Leaving Certificate Examination, 1912. Written examination, 1912
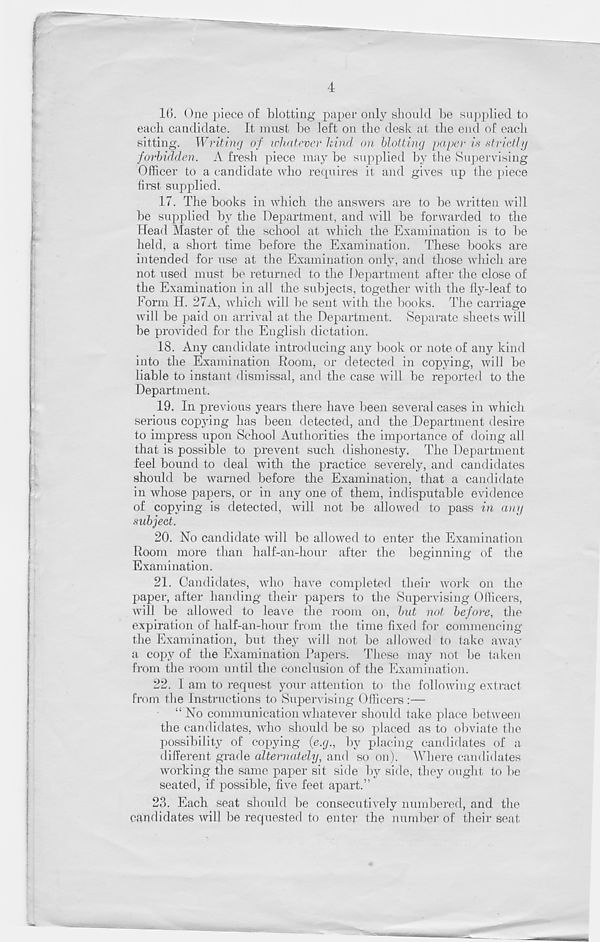
4
l(i. One piece of blotting paper only should be supplied to
each candidate. It must be left on the desk at the end of each
sitting. Writing of whatever kind on blotting paper is striethj
forbidden. A fresh piece may be supplied by the Supervising
Officer to a candidate who requires it and gives up the piece
first supplied.
17. The books in which the answers are to be written will
be supplied by the Department, and will be forwarded to the
Head Master of the school at which the Examination is to be
held, a short time before the Examination. These books are
intended for use at the Examination only, and those which are
not used must be returned to the Department after the close of
the Examination in all the subjects, together with the fly-leaf to
Form H. 27A, which will be sent with the books. The carriage
will be paid on arrival at the Department. Separate sheets will
be provided for the English dictation.
18. Any candidate introducing any book or note of any kind
into the Examination Room, or detected in copying, will be
liable to instant dismissal, and the case will be reported to the
Department.
19. In previous years there have been several cases in which
serious copying has been detected, and the Department desire
to impress upon School Authorities the importance of doing all
that is possible to prevent such dishonesty. The Department
feel bound to deal with the practice severely, and candidates
should be warned before the Examination, that a candidate
in whose papers, or in any one of them, indisputable evidence
of copying is detected, will not be allowed to pass in any
subject.
20. No candidate will be allowed to enter the Examination
Room more than half-an-hour after the beginning of the
Examination.
21. Candidates, who have completed their work on the
paper, after handing their papers to the Supervising Officers,
will be allowed to leave the room on, but not before, the
expiration of half-an-hour from the time fixed for commencing
the Examination, but they will not be allowed to take away
a copy of the Examination Papers. These may not be taken
from the room until the conclusion of the Examination.
22. 1 am to request your attention to the following extract
from the Instructions to Supervising Officers :—
“ No communication whatever should take place between
the candidates, who should be so placed as to obviate the
possibility of copying (e.g., by placing candidates of a
different grade alternately, and so on). Where candidates
working the same paper sit side by side, they ought to be
seated, if possible, five feet apart.”
23. Each seat should be consecutively numbered, and the
candidates will be requested to enter the number of their seat